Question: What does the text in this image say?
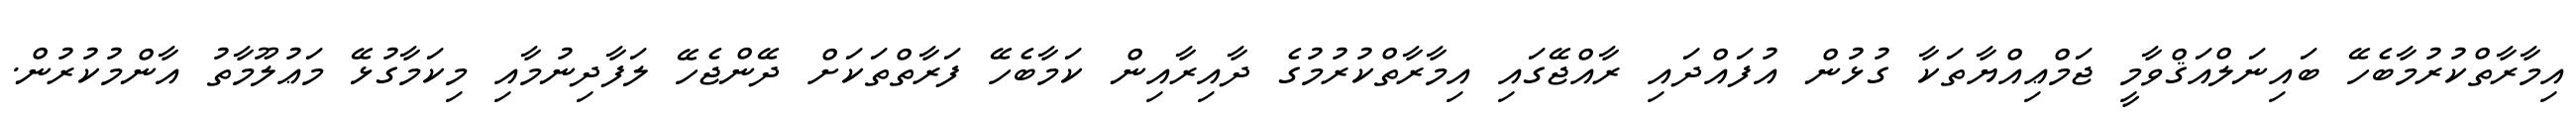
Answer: އިމާރާތްކުރުމާބެހޭ ބައިނަލްއަޤްވާމީ ޖަމްޢިއްޔާތަކާ ގުޅުން އުފައްދައި ރާއްޖޭގައި އިމާރާތްކުރުމުގެ ދާއިރާއިން ކަމާބެހޭ ފަރާތްތަކަށް ދޭންޖެހޭ ލަފާދިނުމާއި މިކަމާގުޅޭ މަޢުލޫމާތު އާންމުކުރުން.